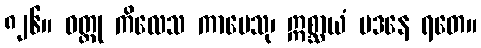
၈၂၆။ ဝတ္ထု ကိလေသ ကာမေသု၊ ဣစ္ဆာယံ မဒနေ ရတေ။